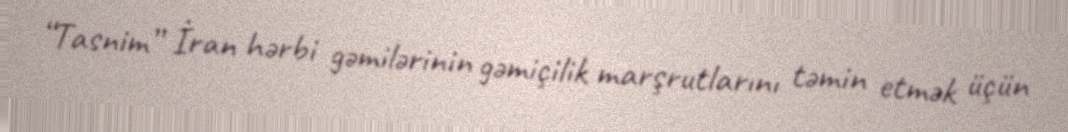
“Tasnim” İran hərbi gəmilərinin gəmiçilik marşrutlarını təmin etmək üçün